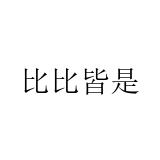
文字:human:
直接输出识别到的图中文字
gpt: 比比皆是